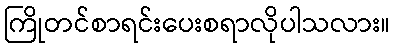
ကြိုတင်စာရင်းပေးစရာလိုပါသလား။